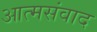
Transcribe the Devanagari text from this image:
आत्मसंवाद